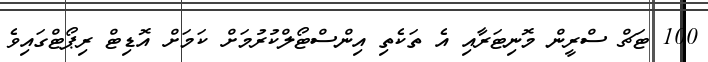
100 ޓަޗް ސްރީން މޮނިޓަރާއި އެ ތަކެތި އިންސްޓޯލްކުރުމަށް ކަމަށް އޮޑިޓް ރިޕޯޓްގައިވެ